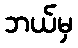
ဘယ်မှ